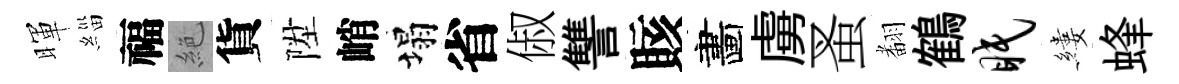
暉緇福絶貨陞峭塌省俶讐賅畵虜蚤𮋒鶴眠縷蜂